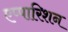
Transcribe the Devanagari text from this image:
एप्पारिशन